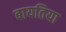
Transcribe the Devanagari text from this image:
बायतिया